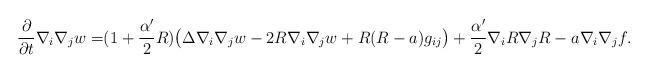
LaTeX: \begin{align*}\frac{\partial}{\partial t}\nabla_i\nabla_jw=&(1+\frac{\alpha'}{2}R)\big(\Delta\nabla_i\nabla_jw-2R\nabla_i\nabla_jw+R(R-a)g_{ij} \big) +\frac{\alpha'}{2}\nabla_iR\nabla_jR-a\nabla_i\nabla_jf.\end{align*}